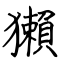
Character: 獺